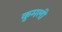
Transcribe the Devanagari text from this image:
कुमली